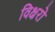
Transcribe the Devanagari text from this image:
विक्षरो